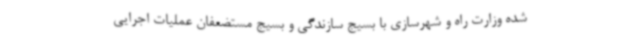
شده وزارت راه و شهرسازی با بسیج سازندگی و بسیج مستضعفان عملیات اجرایی